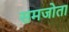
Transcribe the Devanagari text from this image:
समजोता